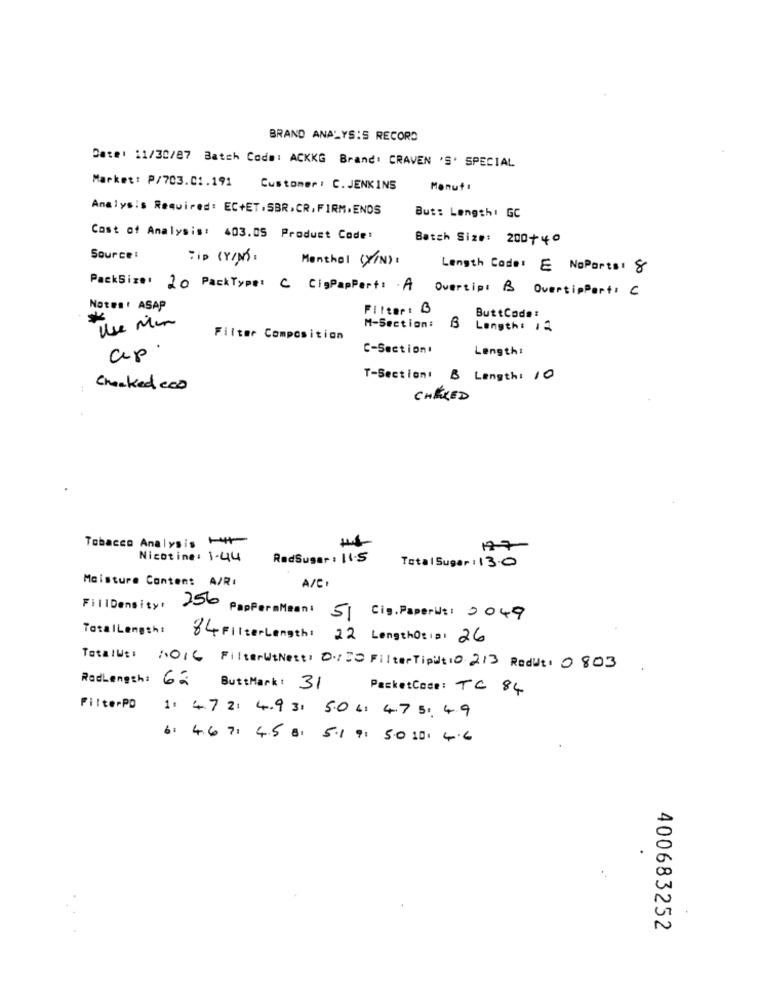
BRAND ANALYSIS RECORD
Date: 11/30/87 Batch Code: ACKKG Brand: CRAVEN 'S' SPECIAL
Market: P/703.01.191
Customer: C. JENKINS
Monuta
Analysis Required: EC+ET,SBR.CR. FIRM.ENDS
But: Length: GC
Cost of Analysis: 403.05 Product Code!
Batch Size: 200+40
Source :
TIP (Y/N) :
Menthal (Y/N):
Length Code: E NoParts: 8
PackSize: 20 PackType: C CisPapPert: A Overtipt B OvertipPerfs C
Notes: ASAP
Filter: B
*
ButtCoda:
Use Min
M-Section: B Length: 12
Filter Composition
ap.
C-Section.
Length:
T-Section: B Length: 10
Checked coD
CHEERED
Tobacco Analysis 1+
127
Nicotine: 1-44
RedSuger: 11.5
Total Sugar: 13.0
Moisture Content A/R:
A/C
Fill Density: 256 PapPer aMean: 51
Cig.Paperit: 2049
TotalLength: 84 FilterLength: 22 LengthOt : #: 26
TotalUt: NO16 FilterWtNest: 0/20 Filter Tipit 10 213 Rodut: 0803
RedLength: Gá ButtMark: 31
PacketCode: TC 84
FilterPO
1: 4.7 2: 4.93: 5.0 6: 4,7 5: 49
6: 4.6 7: 4.5 8: 5.1 9: 50 :0: 4.6
400683252